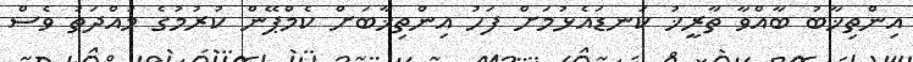
އިންތިޚާބު ބާއްވާ ތާރީޚު ކަނޑައެޅުމަށް ފަހު އިންތިޚާބަށް ކެމްޕޭން ކުރުމުގެ މުއްދަތު ވެސް